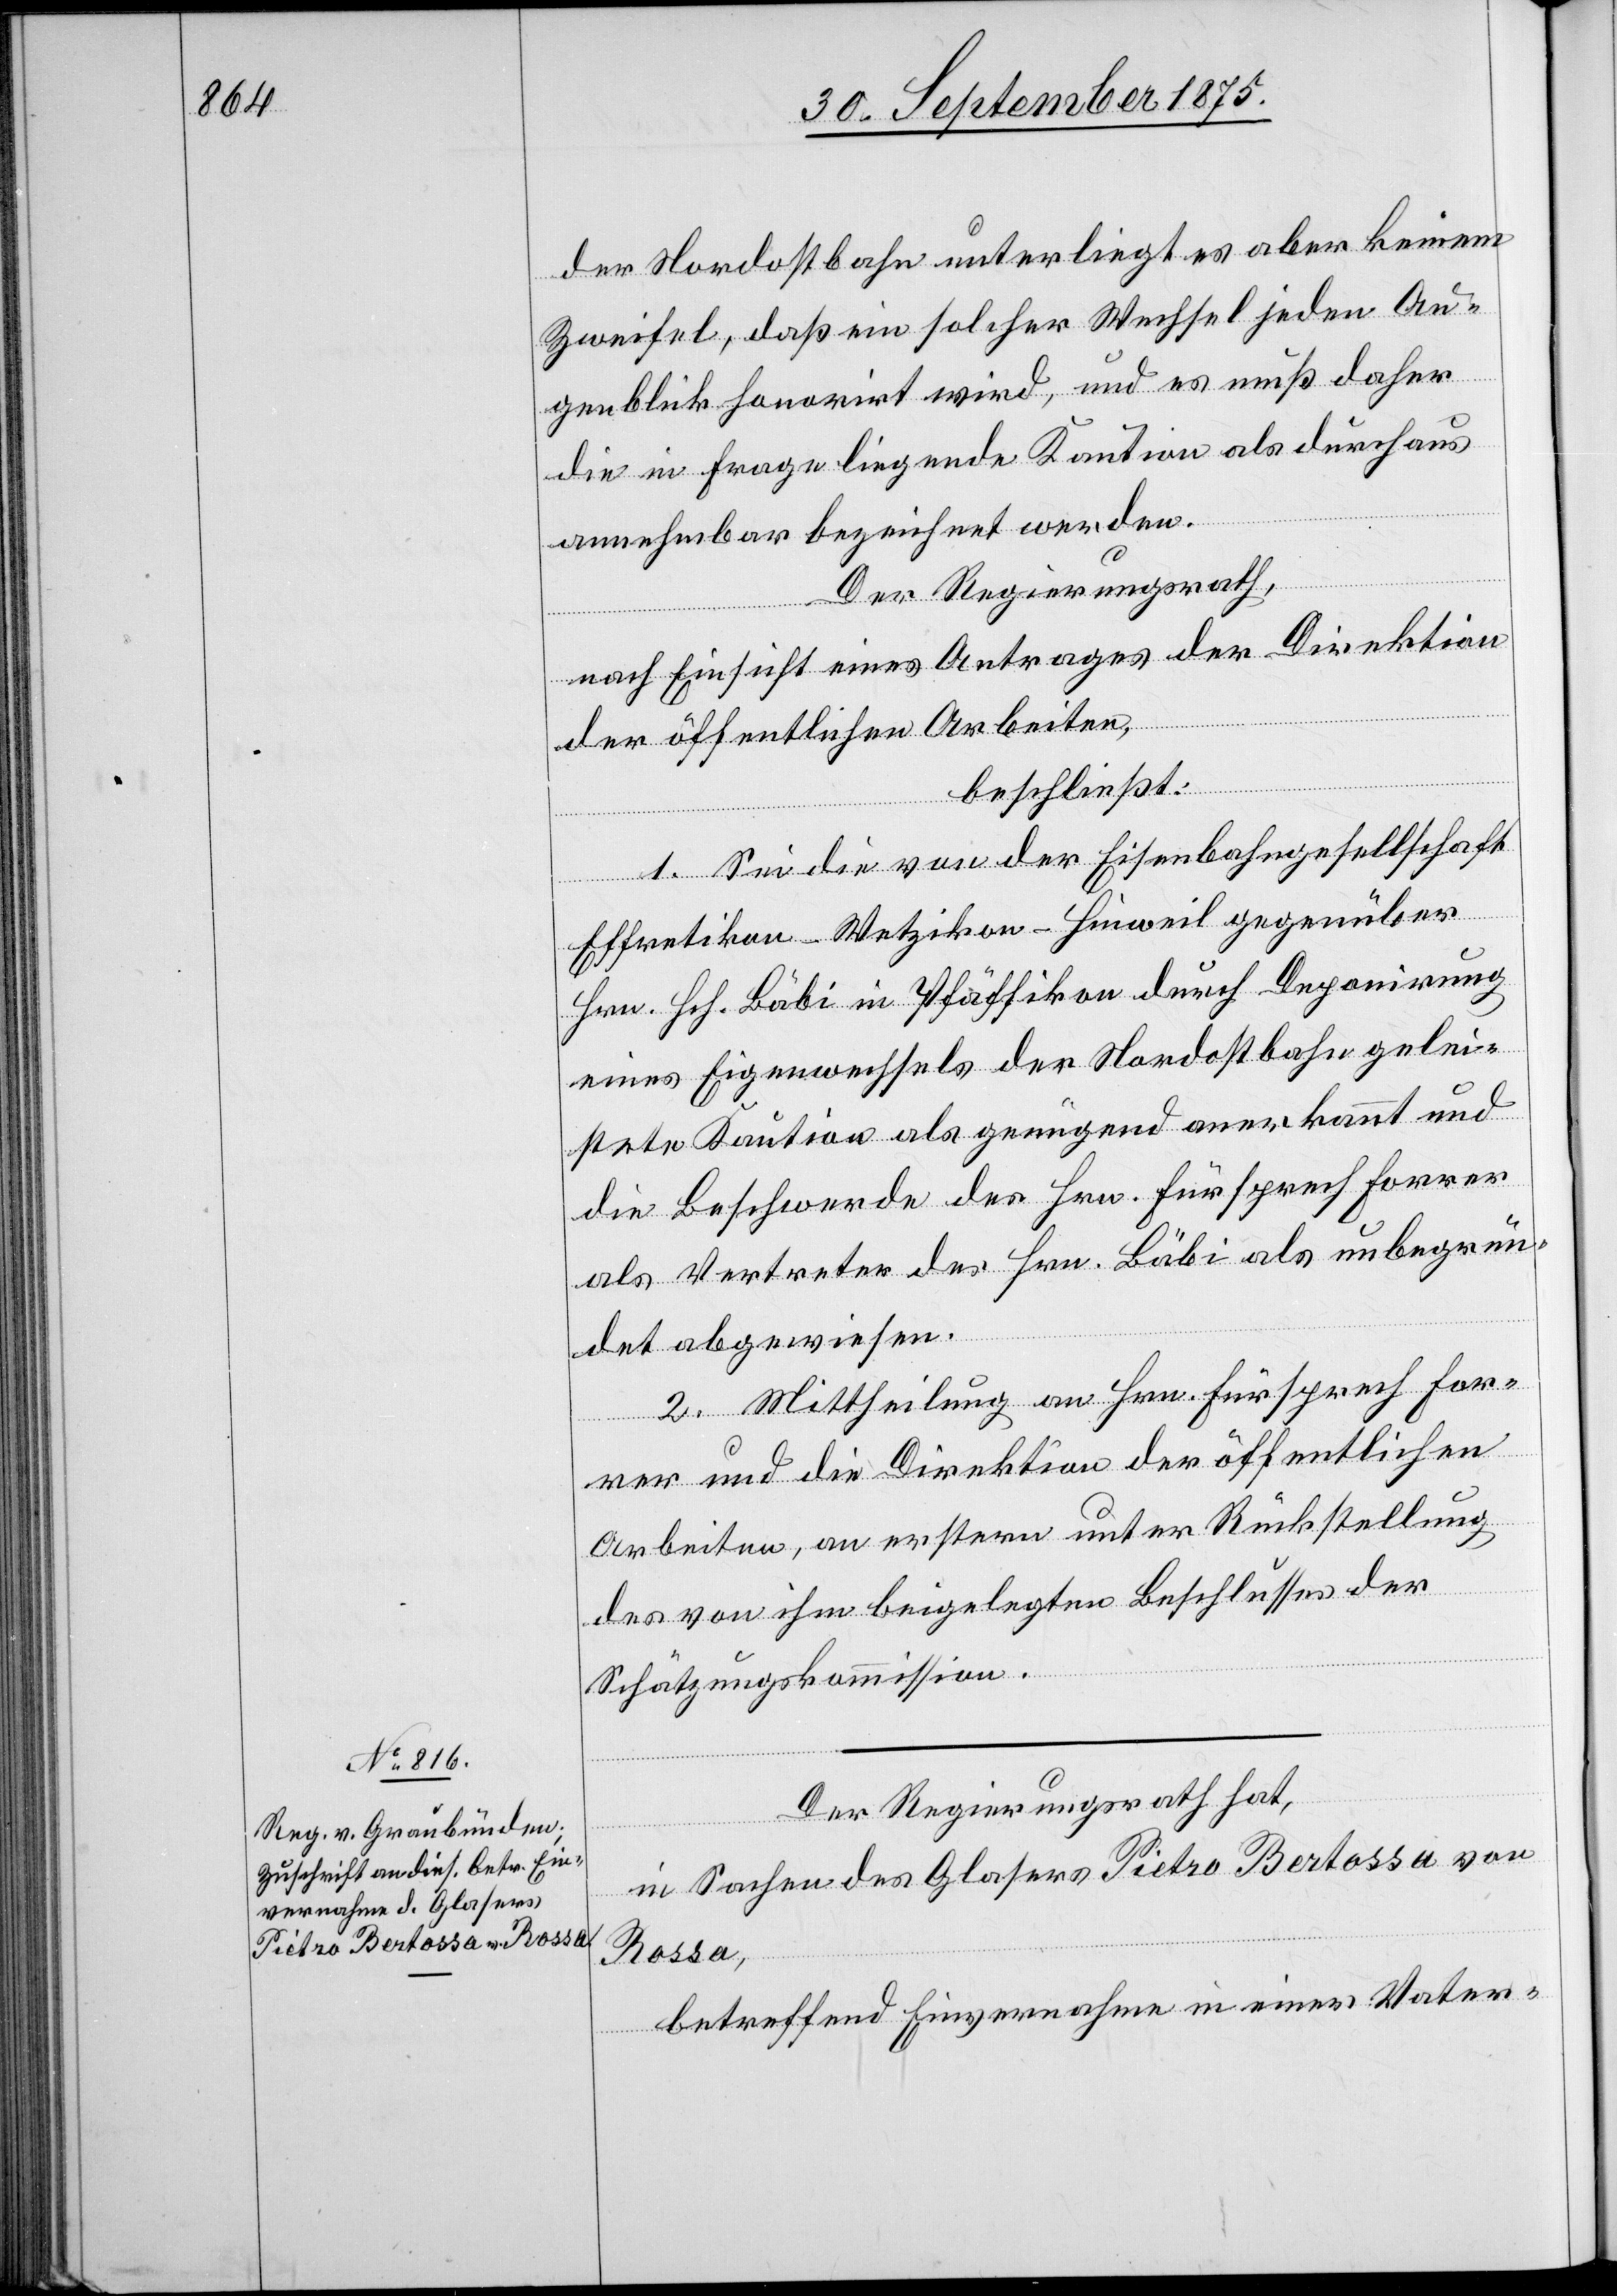
der Nordostbahn unterliegt es aber keinem
Zweifel, daß ein solcher Wechsel jeden Au¬
genblick honorirt wird, und es muß daher
die in Frage liegende Kaution als durchaus
annehmbar bezeichnet werden.
Der Regierungsrath,
nach Einsicht eines Antrages der Direktion
der öffentlichen Arbeiten,
beschließt:
1. Sei die von der Eisenbahngesellschaft
Effretikon–Wetzikon–Hinweil gegenüber
Hrn. Hch. Bäbi in Pfäffikon durch Deponirung
eines Eigenwechsels der Nordostbahn gelei¬
stete Kaution als genügend anerkannt und
die Beschwerde des Hrn. Fürsprech Forrer
als Vertreter des Hrn. Bäbi als unbegrün¬
det abgewiesen.
2. Mittheilung an Hrn. Fürsprech For¬
rer und die Direktion der öffentlichen
Arbeiten, an erstern unter Rückstellung
des von ihm beigelegten Beschlusses der
Schätzungskommission.
Der Regierungsrath hat,
in Sachen des Glasers Pietro Bertossa von
Rossa,
betreffend Einvernahme in einer Vater-